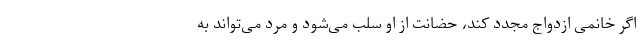
اگر خانمی ازدواج مجدد کند، حضانت از او سلب می‌شود و مرد می‌تواند به